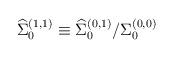
LaTeX: \begin{align*}{\widehat \Sigma}_{0}^{(1,1)}\equiv {{\widehat \Sigma}_{0}^{(0,1)}}/ {{\Sigma} _{0}^{(0,0)} }\end{align*}